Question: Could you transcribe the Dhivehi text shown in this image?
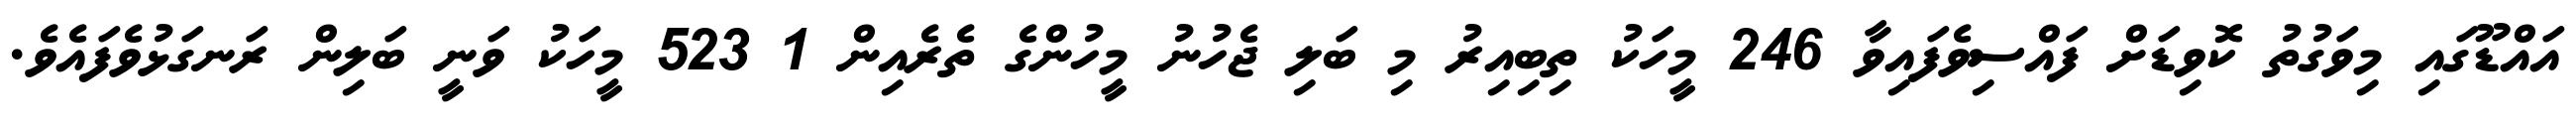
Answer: އައްޑޫގައި މިވަގުތު ކޮވިޑަށް ފައްސިވެފައިވާ 246 މީހަކު ތިބިއިރު މި ބަލި ޖެހުނު މީހުންގެ ތެރެއިން 1 523 މީހަކު ވަނީ ބަލިން ރަނގަޅުވެފައެވެ.